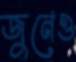
জুনেও